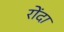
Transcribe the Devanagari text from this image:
रोंदा